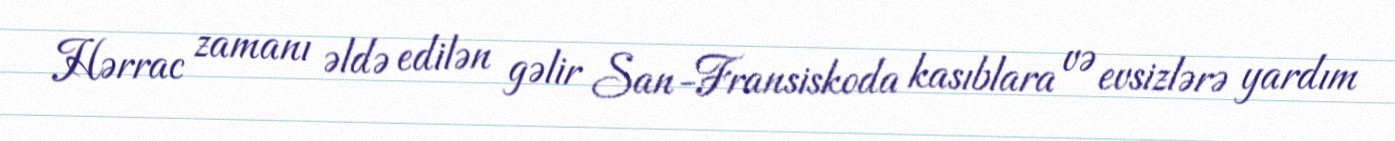
Hərrac zamanı əldə edilən gəlir San-Fransiskoda kasıblara və evsizlərə yardım